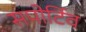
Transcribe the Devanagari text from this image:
सपोर्टिव